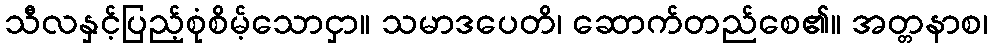
သီလနှင့်ပြည့်စုံစိမ့်သောငှာ။ သမာဒပေတိ၊ ဆောက်တည်စေ၏။ အတ္တနာစ၊